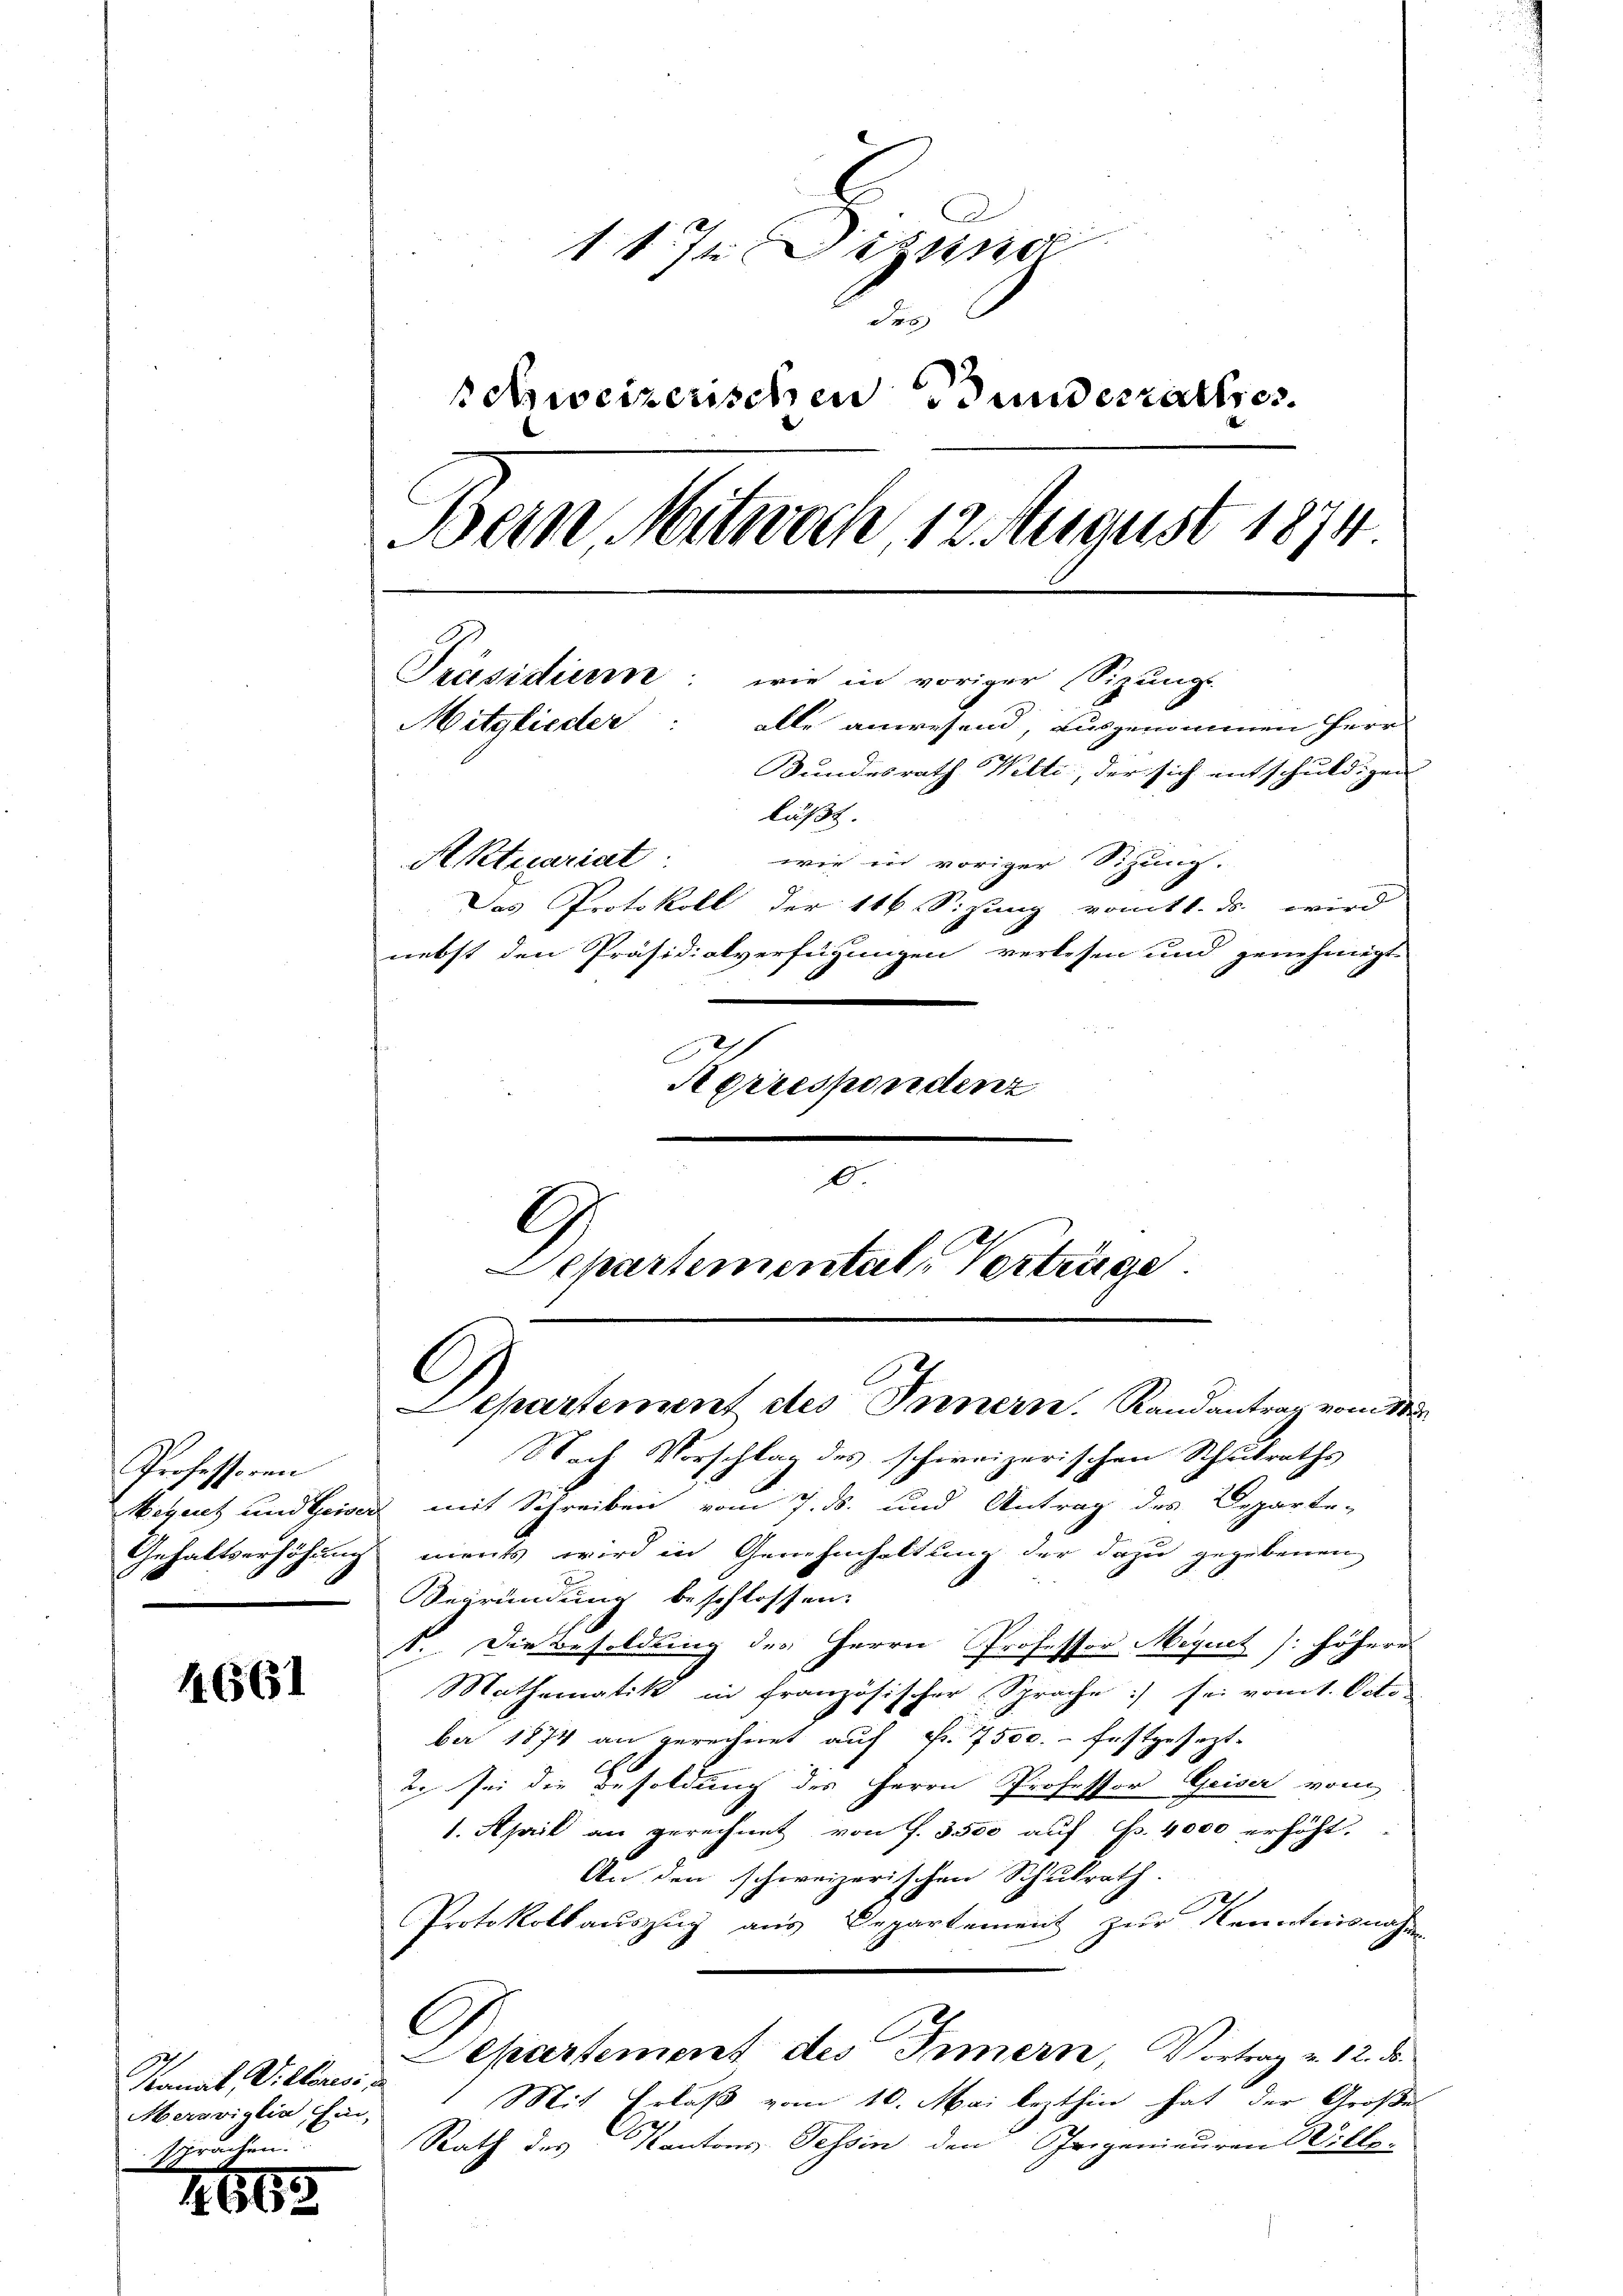
Professoren

1661

Kanal, Villeres,
Aerariglia hin,
brachen.

86.

e
11 t Setzun
des
schweizerischen Bundesrath, es
Bern Mitwoch 12 August 1874
Präsidium: wie in voriger Sizungs-
Mitglieder
alle anwesend, ausgenommen Herr
Sundesrath Welti, der sich entschuldigen
läßt.
Aktuariat
wie in voriger Sitzung.
Das Protokoll der 116 Sizung vom 1. ds. wird
nebst den Präsidialverfügungen verlesen und genehmigt
Aerrespondenz

6
G
Departemental Verträge
C
Departement des Innern. Randantrag vom 1ten

87 Vorschlag des schweizerischen Schulraths
Megert und Geiser mit Schreiben vom 7. ds. und Antrag des Departe-
Gehaltserhöhungs ments wird in Genehmhaltung der dazu gegebenen
Begründung beschlossen:
1. Die Besoldung des Herrn Professor Mequet /: höhere
Mathematik in französischer Sprache :/ sei vom 1. Octo
ber 1874 an gerechnet auf Fr. 7500. festgesezt
2. sei die Besoldung des Herrn Professor Geiser vom
1. April an gerechnet von f. 3500 aŭf Fr. 4000 erhöht.
An den schweizerischen Schulrath.
Protokollauszug aus Departement zur Kenntnisnahmen
C
Separtement des Innern, Vortrag u. 12. d.
Mit Erlaß vom 10. Mai lezthin hat der Große
Rath des Kantons Tessin den Geigenieuren Wille-